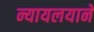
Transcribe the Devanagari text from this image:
न्यायलयाने